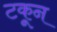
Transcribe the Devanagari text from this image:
टकून